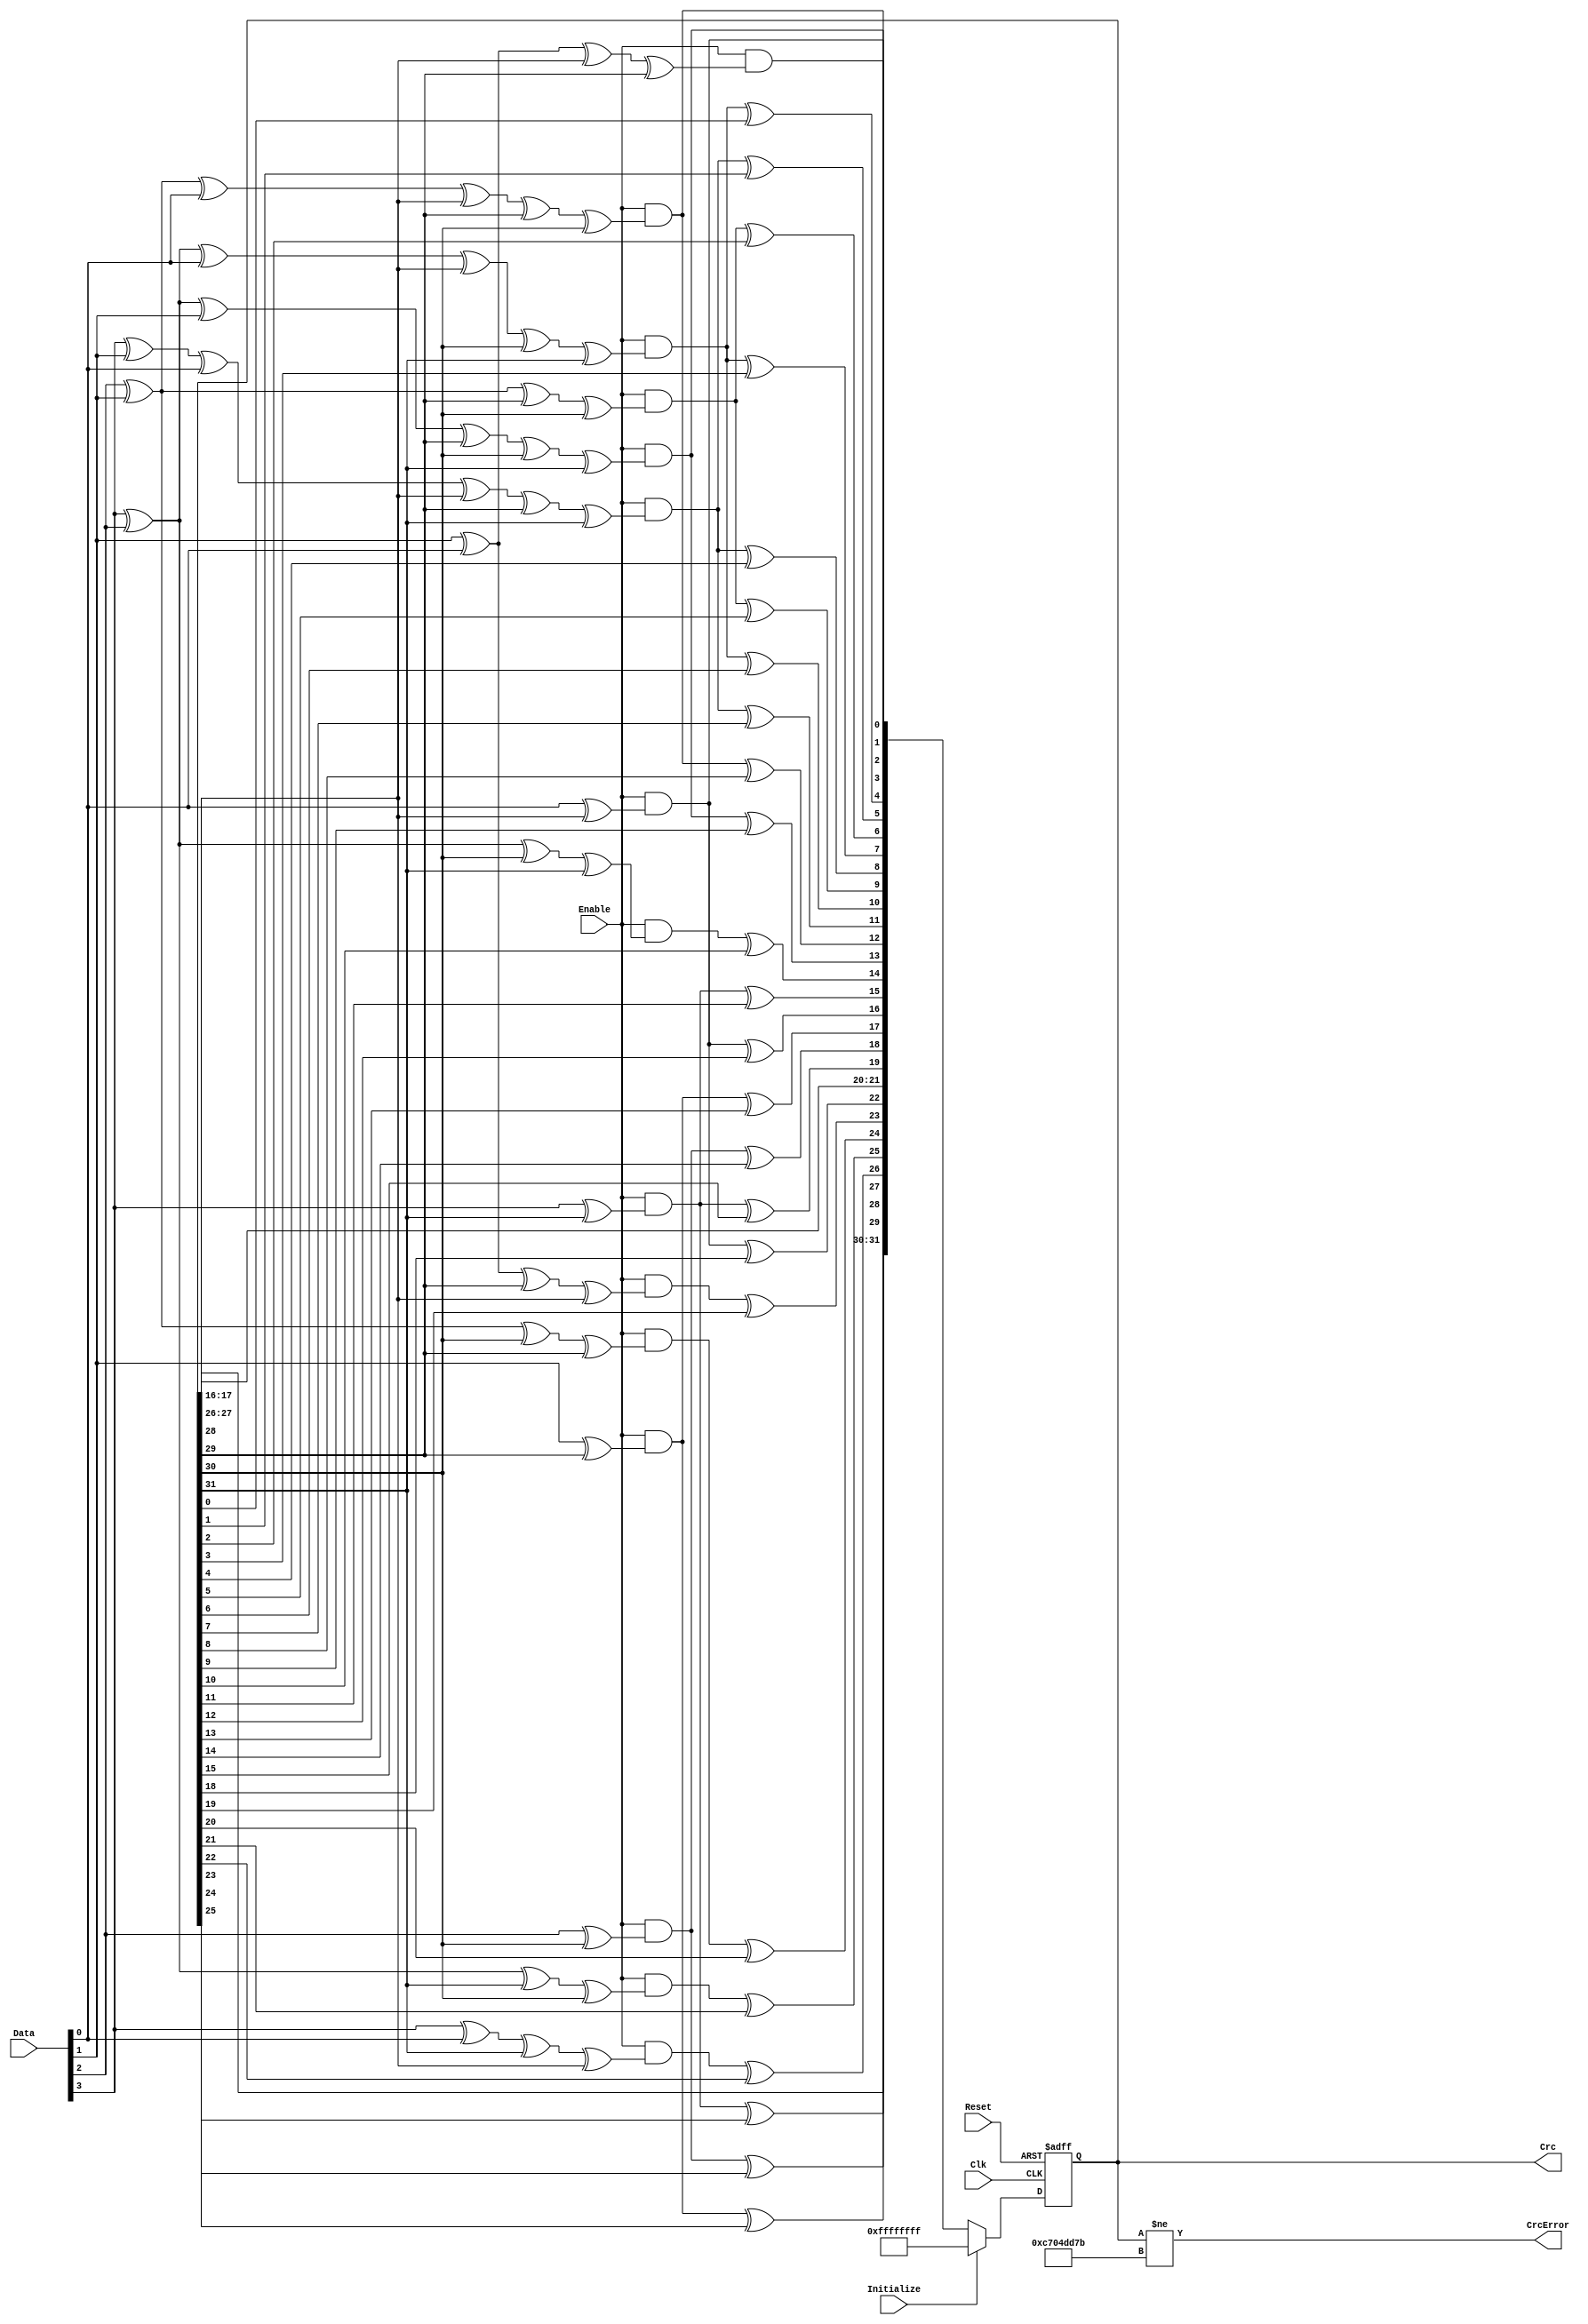
module CRC_Module(Clk, Reset, Data, Enable, Initialize, Crc, CrcError); 

input Clk;
input Reset;
input [3:0] Data;		
input Enable;			//should be valid from the destination address until the data before the CRC checksum
input Initialize;		//need to initialize before data in

output [31:0] Crc;
output CrcError;

reg  [31:0] Crc;

wire [31:0] CrcNext;


assign CrcNext[0] = Enable & (Data[0] ^ Crc[28]); 
assign CrcNext[1] = Enable & (Data[1] ^ Data[0] ^ Crc[28] ^ Crc[29]); 
assign CrcNext[2] = Enable & (Data[2] ^ Data[1] ^ Data[0] ^ Crc[28] ^ Crc[29] ^ Crc[30]); 
assign CrcNext[3] = Enable & (Data[3] ^ Data[2] ^ Data[1] ^ Crc[29] ^ Crc[30] ^ Crc[31]); 
assign CrcNext[4] = (Enable & (Data[3] ^ Data[2] ^ Data[0] ^ Crc[28] ^ Crc[30] ^ Crc[31])) ^ Crc[0]; 
assign CrcNext[5] = (Enable & (Data[3] ^ Data[1] ^ Data[0] ^ Crc[28] ^ Crc[29] ^ Crc[31])) ^ Crc[1]; 
assign CrcNext[6] = (Enable & (Data[2] ^ Data[1] ^ Crc[29] ^ Crc[30])) ^ Crc[ 2]; 
assign CrcNext[7] = (Enable & (Data[3] ^ Data[2] ^ Data[0] ^ Crc[28] ^ Crc[30] ^ Crc[31])) ^ Crc[3]; 
assign CrcNext[8] = (Enable & (Data[3] ^ Data[1] ^ Data[0] ^ Crc[28] ^ Crc[29] ^ Crc[31])) ^ Crc[4]; 
assign CrcNext[9] = (Enable & (Data[2] ^ Data[1] ^ Crc[29] ^ Crc[30])) ^ Crc[5]; 
assign CrcNext[10] = (Enable & (Data[3] ^ Data[2] ^ Data[0] ^ Crc[28] ^ Crc[30] ^ Crc[31])) ^ Crc[6]; 
assign CrcNext[11] = (Enable & (Data[3] ^ Data[1] ^ Data[0] ^ Crc[28] ^ Crc[29] ^ Crc[31])) ^ Crc[7]; 
assign CrcNext[12] = (Enable & (Data[2] ^ Data[1] ^ Data[0] ^ Crc[28] ^ Crc[29] ^ Crc[30])) ^ Crc[8]; 
assign CrcNext[13] = (Enable & (Data[3] ^ Data[2] ^ Data[1] ^ Crc[29] ^ Crc[30] ^ Crc[31])) ^ Crc[9]; 
assign CrcNext[14] = (Enable & (Data[3] ^ Data[2] ^ Crc[30] ^ Crc[31])) ^ Crc[10]; 
assign CrcNext[15] = (Enable & (Data[3] ^ Crc[31])) ^ Crc[11]; 
assign CrcNext[16] = (Enable & (Data[0] ^ Crc[28])) ^ Crc[12]; 
assign CrcNext[17] = (Enable & (Data[1] ^ Crc[29])) ^ Crc[13]; 
assign CrcNext[18] = (Enable & (Data[2] ^ Crc[30])) ^ Crc[14]; 
assign CrcNext[19] = (Enable & (Data[3] ^ Crc[31])) ^ Crc[15]; 
assign CrcNext[20] = Crc[16]; 
assign CrcNext[21] = Crc[17]; 
assign CrcNext[22] = (Enable & (Data[0] ^ Crc[28])) ^ Crc[18]; 
assign CrcNext[23] = (Enable & (Data[1] ^ Data[0] ^ Crc[29] ^ Crc[28])) ^ Crc[19]; 
assign CrcNext[24] = (Enable & (Data[2] ^ Data[1] ^ Crc[30] ^ Crc[29])) ^ Crc[20]; 
assign CrcNext[25] = (Enable & (Data[3] ^ Data[2] ^ Crc[31] ^ Crc[30])) ^ Crc[21]; 
assign CrcNext[26] = (Enable & (Data[3] ^ Data[0] ^ Crc[31] ^ Crc[28])) ^ Crc[22]; 
assign CrcNext[27] = (Enable & (Data[1] ^ Crc[29])) ^ Crc[23]; 
assign CrcNext[28] = (Enable & (Data[2] ^ Crc[30])) ^ Crc[24]; 
assign CrcNext[29] = (Enable & (Data[3] ^ Crc[31])) ^ Crc[25]; 
assign CrcNext[30] = Crc[26]; 
assign CrcNext[31] = Crc[27]; 


always @ (posedge Clk or posedge Reset)
begin
  if (Reset)
    Crc <=  32'hffffffff;
  else
  if(Initialize)
    Crc <=  32'hffffffff;
  else
    Crc <=  CrcNext;
end

assign CrcError = Crc[31:0] != 32'hc704dd7b;  // CRC not equal to magic number

endmodule